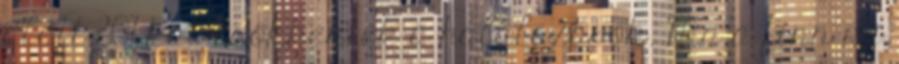
alatt 80%-kal csökkentek a halálozások. Ma a finn az